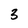
Character: 3